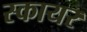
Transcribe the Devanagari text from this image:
स्कायर